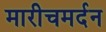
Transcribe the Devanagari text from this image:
मारीचमर्दन